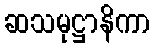
ဆသမုဋ္ဌာနိကာ